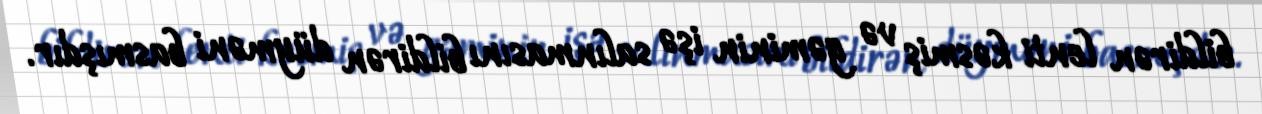
bildirən lenti kəsmiş və gəminin işə salınmasını bildirən düyməni basmışdır.